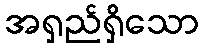
အရှည်ရှိသော